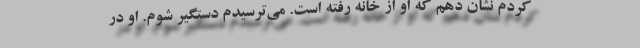
کردم نشان دهم که او از خانه رفته است. می‌ترسیدم دستگیر شوم. او در